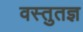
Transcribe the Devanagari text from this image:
वस्तुतज्ञ